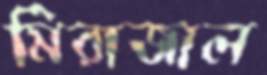
মিরাজাল